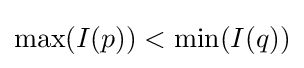
\max(I(p))<\min(I(q))